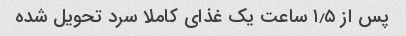
پس از ۱٫۵ ساعت یک غذای کاملا سرد تحویل شده